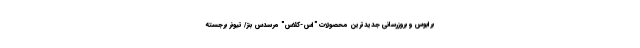
برابوس و بروزرسانی جدیدترین محصولات "اس-کلاس" مرسدس بنز/ تیونر برجسته